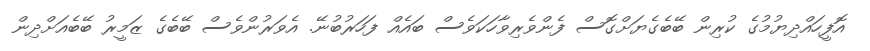
އޮފީހައްދިޔުމުގެ ކުރިން ބޭބެގެޔަށްގޮސް ފެންވެރިވާހަކަވެސް ބައެއް ފަހަރުބުނޭ. އެވަރުންވެސް ބޭބެގެ ޒަމީރު ބޭބެއަށްދިން